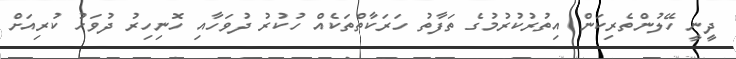
ދީނީ ހޭލުންތެރިކަން އިތުރުކުރުމުގެ ތަފާތު ހަރަކާތްތަކެއް ހުކުރު ދުވަހާއި ހޮނިހިރު ދުވަހު ކުރިއަށް